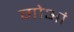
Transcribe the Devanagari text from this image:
गोआं